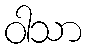
ဝါသာ